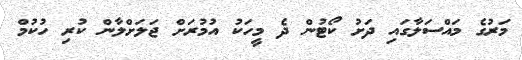
މަރުގެ މައްސަލާގައި ދަށު ކޯޓުން ދެ މީހަކު އުމުރަށް ޖަލަށްލާން ކުރި ހުކުމް